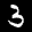
Label: 3